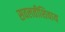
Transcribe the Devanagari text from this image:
सवलतीशिवाय